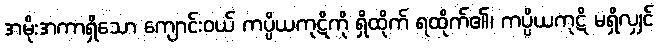
အမိုးအကာရှိသော ကျောင်းဝယ် ကပ္ပိယကုဋိကို ရှိထိုက် ရထိုက်၏၊ ကပ္ပိယကုဋိ မရှိလျှင်